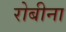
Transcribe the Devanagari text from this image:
रोबीना